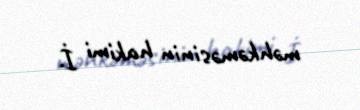
məhkəməsinin hakimi İ.